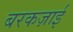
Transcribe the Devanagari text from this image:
बरकज़ाई